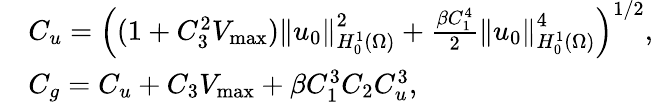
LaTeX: \begin{array}{rl}&{C_{u}=\left((1+C_{3}^{2}V_{\operatorname*{max}})\left\Vert u_{0}\right\Vert_{H_{0}^{1}(\Omega)}^{2}+\frac{\beta C_{1}^{4}}{2}\left\Vert u_{0}\right\Vert_{H_{0}^{1}(\Omega)}^{4}\right)^{1/2},}\\ &{C_{g}=C_{u}+C_{3}V_{\operatorname*{max}}+\beta C_{1}^{3}C_{2}C_{u}^{3},}\end{array}